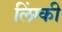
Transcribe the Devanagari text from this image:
लिंग्‍की